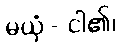
မယှံ - ငါ၏၊